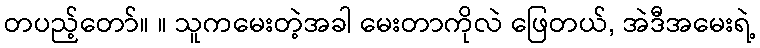
တပည့်တော်။ ။ သူကမေးတဲ့အခါ မေးတာကိုလဲ ဖြေတယ်, အဲဒီအမေးရဲ့